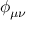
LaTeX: \phi _ { \mu \nu }